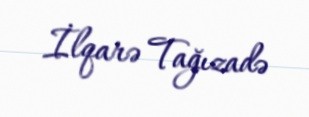
İlqarə Tağızadə